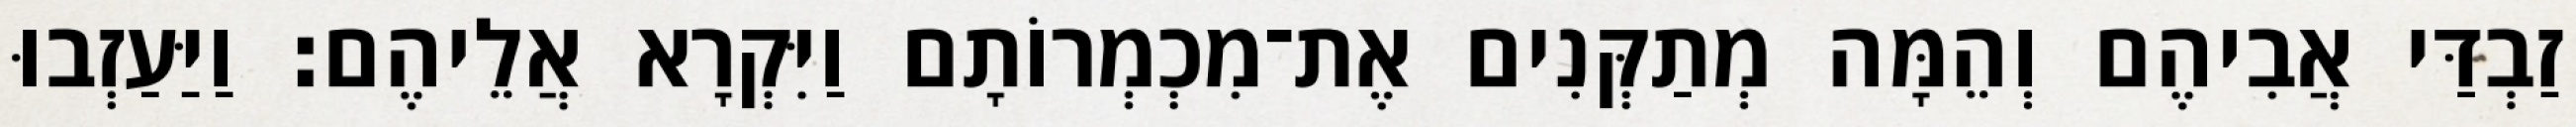
זַבְדַּי אֲבִיהֶם וְהֵמָּה מְתַקְּנִים אֶת־מִכְמְרוֹתָם וַיִּקְרָא אֲלֵיהֶם׃ וַיַּעַזְבוּ